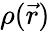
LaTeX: \rho(\vec{r})